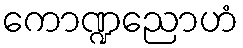
ကောဏ္ဍညောဟံ